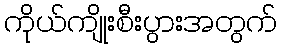
ကိုယ်ကျိုးစီးပွားအတွက်